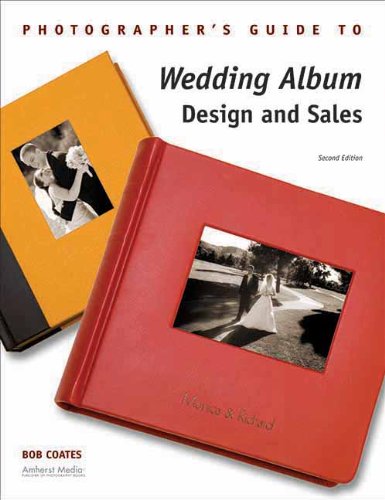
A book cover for Photographer's Guide to Wedding Album Design and Sales; Bob Coates; Crafts, Hobbies & Home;